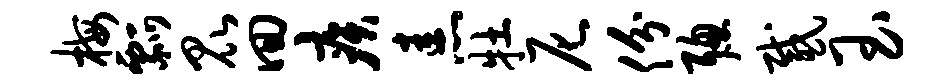
梅瓢昆回疾恚牡尼份聪感玉